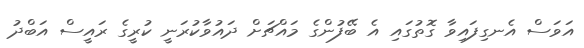
އަވަސް އެނގިފައިވާ ގޮތުގައި އެ ބޭފުންގެ މައްޗަށް ދައުވާކުރަނީ ކުރީގެ ރައީސް އަބްދު